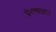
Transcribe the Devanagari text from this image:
प्रेरणाप्राप्त